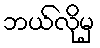
ဘယ်လိုမှ